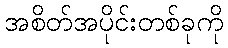
အစိတ်အပိုင်းတစ်ခုကို